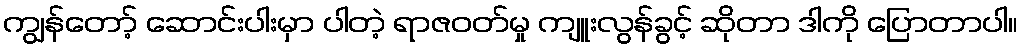
ကျွန်တော့် ဆောင်းပါးမှာ ပါတဲ့ ရာဇဝတ်မှု ကျူးလွန်ခွင့် ဆိုတာ ဒါကို ပြောတာပါ။